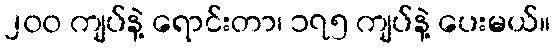
၂၀၀ ကျပ်နဲ့ ရောင်းတာ၊ ၁၇၅ ကျပ်နဲ့ ပေးမယ်။